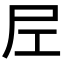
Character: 𡰱